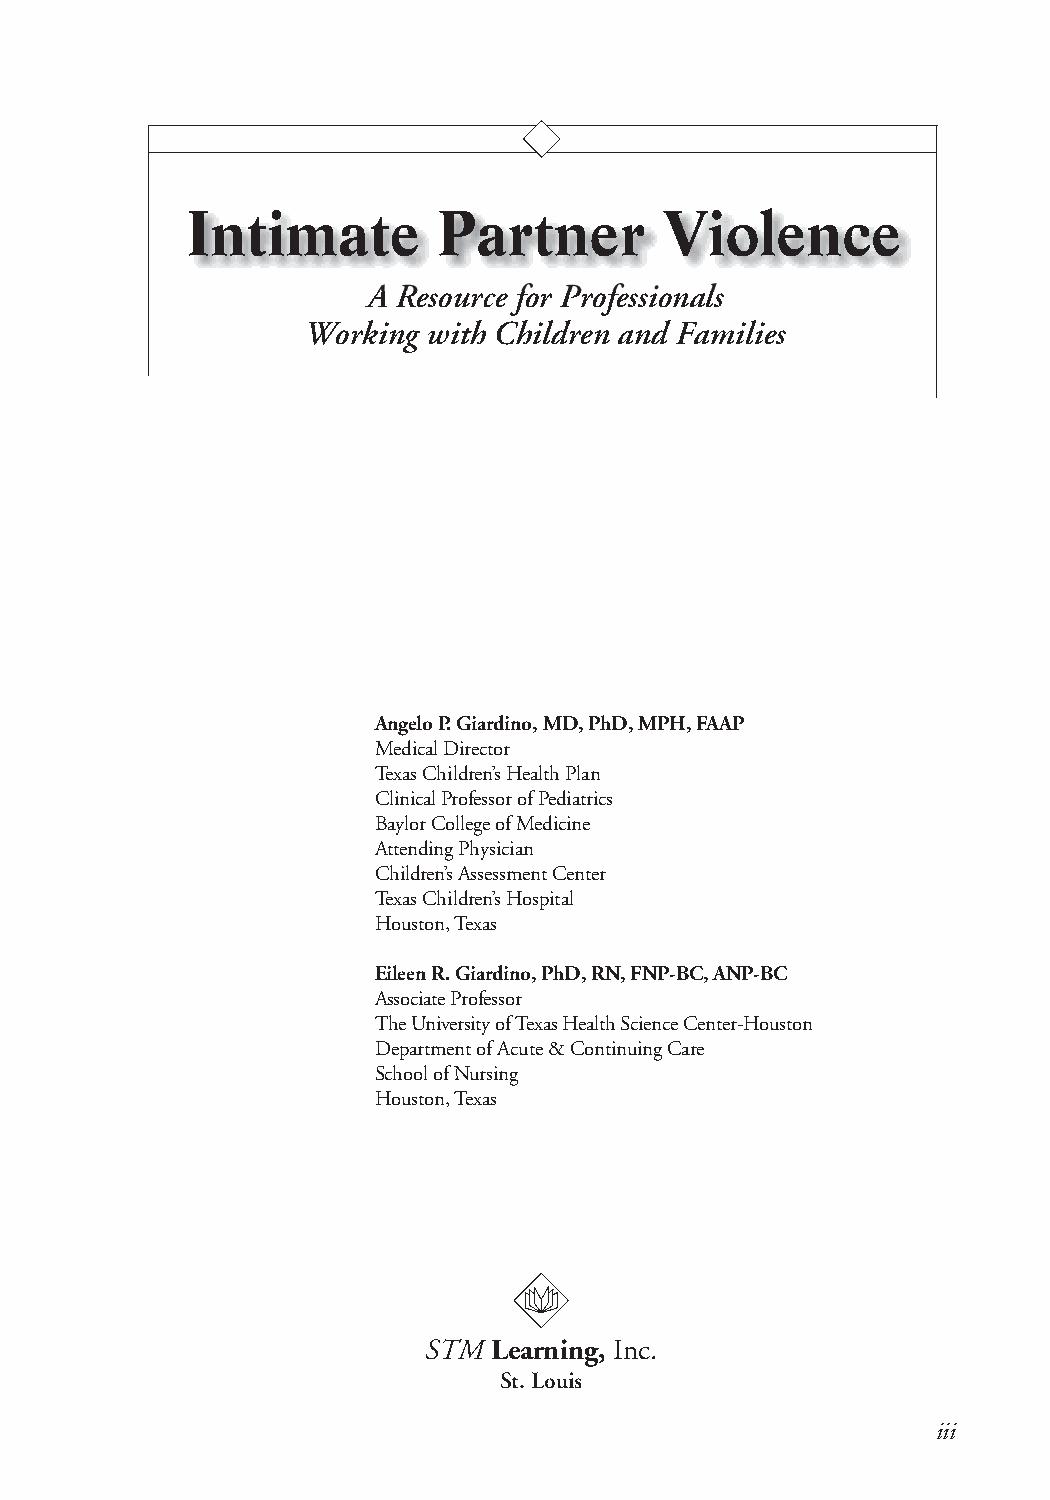
IInnttiimmaattee PPaarrttnneerr VViioolleennccee
 A Resource for Professionals
 Working with Children and Families
 Angelo P. Giardino, MD, PhD, MPH, FAAP
 Medical Director
 Texas Children’s Health Plan
 Clinical Professor of Pediatrics
 Baylor College of Medicine
 Attending Physician
 Children’s Assessment Center
 Texas Children’s Hospital
 Houston, Texas
 Eileen R. Giardino, PhD, RN, FNP-BC, ANP-BC
 Associate Professor
 The University of Texas Health Science Center-Houston
 Department of Acute & Continuing Care
 School of Nursing
 Houston, Texas
 STM Learning, Inc.
 St. Louis
 iii